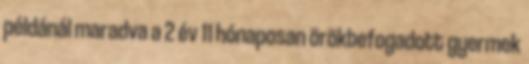
példánál maradva a 2 év 11 hónaposan örökbefogadott gyermek